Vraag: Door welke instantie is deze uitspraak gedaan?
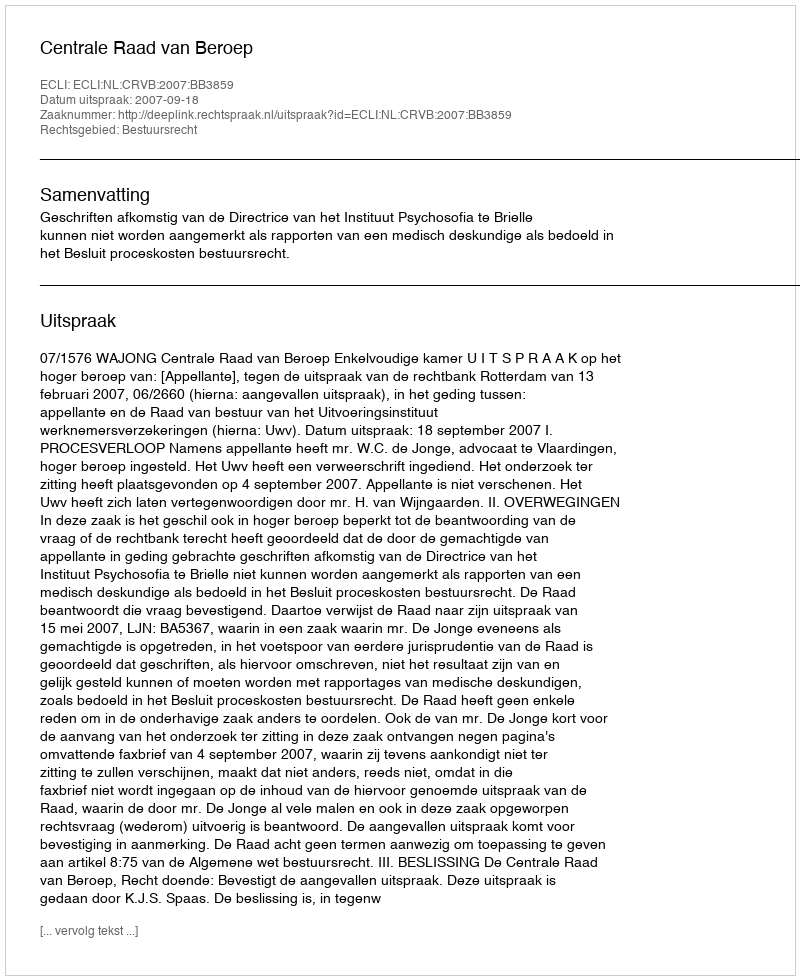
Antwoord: Centrale Raad van Beroep